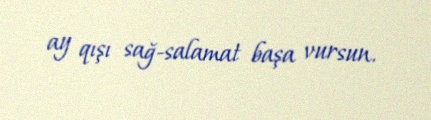
ay qışı sağ-salamat başa vursun.